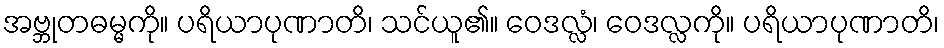
အဗ္ဘုတဓမ္မကို။ ပရိယာပုဏာတိ၊ သင်ယူ၏။ ဝေဒလ္လံ၊ ဝေဒလ္လကို။ ပရိယာပုဏာတိ၊